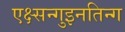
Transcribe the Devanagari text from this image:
एक्ष्सन्गुइनतिन्ग